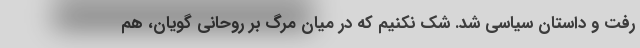
رفت و داستان سیاسی شد. شک نکنیم که در میان مرگ بر روحانی گویان، هم